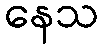
နေသ